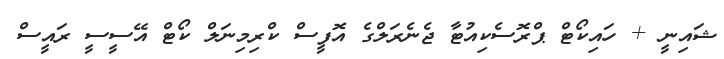
ޝައިނީ + ހައިކޯޓް ޕްރޮސެކިއުޓާ ޖެނެރަލްގެ އޮފީސް ކްރިމިނަލް ކޯޓް އޭސީސީ ރައީސް